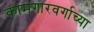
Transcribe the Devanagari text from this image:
कामगारवर्गाच्या